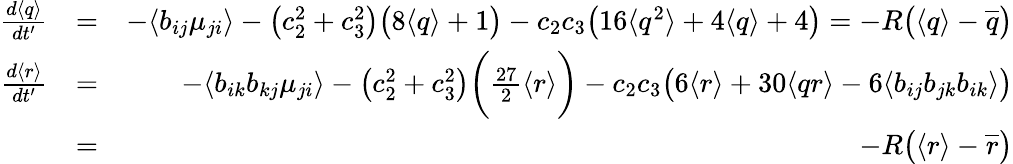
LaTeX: \begin{array}{rlr}{\frac{d\langle q\rangle}{dt^{\prime}}}&{=}&{-\langle b_{ij}\mu_{ji}\rangle-\big(c_{2}^{2}+c_{3}^{2}\big)\big(8\langle q\rangle+1\big)-c_{2}c_{3}\big(16\langle q^{2}\rangle+4\langle q\rangle+4\big)=-R\big(\langle q\rangle-\overline{{q}}\big)}\\ {\frac{d\langle r\rangle}{dt^{\prime}}}&{=}&{-\langle b_{ik}b_{kj}\mu_{ji}\rangle-\big(c_{2}^{2}+c_{3}^{2}\big)\bigg(\frac{27}{2}\langle r\rangle\bigg)-c_{2}c_{3}\big(6\langle r\rangle+30\langle qr\rangle-6\langle b_{ij}b_{jk}b_{ik}\rangle\big)}\\ &{=}&{-R\big(\langle r\rangle-\overline{{r}}\big)}\end{array}